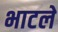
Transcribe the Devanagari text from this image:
भाटले